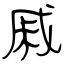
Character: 戚